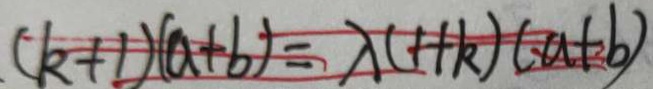
( k + 1 ) ( a + b ) = \lambda ( 1 + k ) ( a + b )